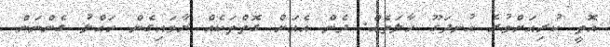
އޮތީ ކުރިއަށްވުރެ އުނދަގޫ ހާލަތެއް. ދެން އެއަށް ގޮތްތަކެއް ރާވައިގެން ހައްލު ގެންނަން